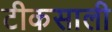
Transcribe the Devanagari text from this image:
टीकसाली